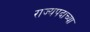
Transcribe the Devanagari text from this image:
राज्यपदाच्या